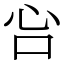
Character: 吢